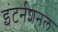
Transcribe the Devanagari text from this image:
इंटर्नशनल